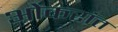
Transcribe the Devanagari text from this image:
ओकरांत